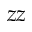
z z